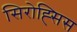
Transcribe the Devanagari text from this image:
सिरोह्सिस